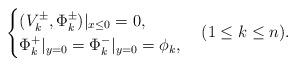
LaTeX: \begin{align*}\begin{cases}(V^{\pm}_k, \Phi^{\pm}_k)|_{x\le 0}=0, \cr\Phi^{+}_k|_{y=0}=\Phi^{-}_k|_{y=0}=\phi_k,\end{cases}(1\le k\le n).\end{align*}